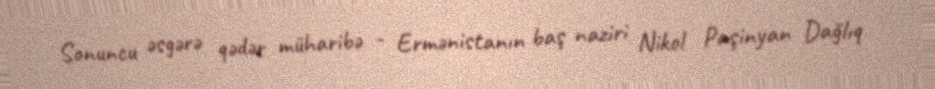
Sonuncu əsgərə qədər müharibə - Ermənistanın baş naziri Nikol Paşinyan Dağlıq